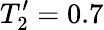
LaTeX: T_{2}^{\prime}=0.7